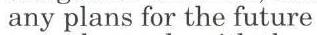
 any plans for the future